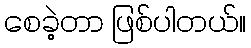
စေခဲ့တာ ဖြစ်ပါတယ်။